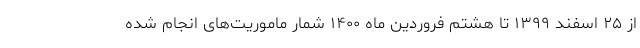
از ۲۵ اسفند ۱۳۹۹ تا هشتم فروردین ماه ۱۴۰۰ شمار ماموریت‌های انجام شده